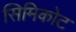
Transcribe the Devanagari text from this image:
सिमिकोट